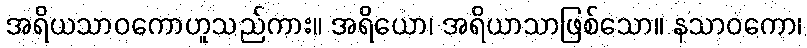
အရိယသာဝကောဟူသည်ကား။ အရိယော၊ အရိယာသာဖြစ်သော။ နသာဝကော၊